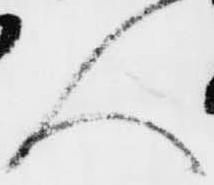
人